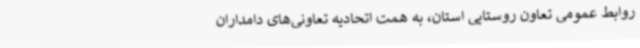
روابط عمومی تعاون روستایی استان، به همت اتحادیه تعاونی‌های دامداران